Rangoon Lunatic Asylum 1878-1892 - 1878-1892
Year: 1878
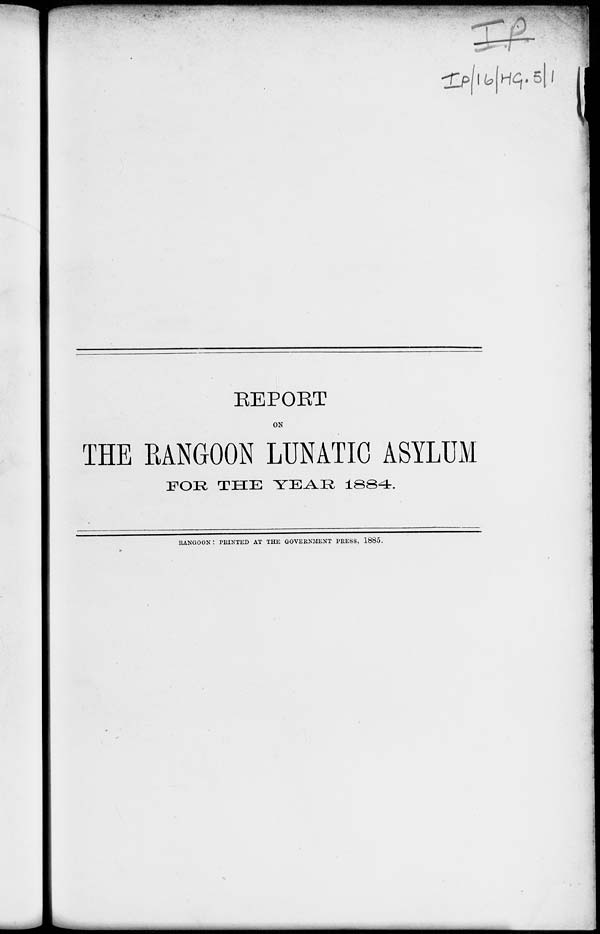
REPORT
ON
THE RANGOON LUNATIC ASYLUM
FOR THE YEAR 1884.
RANGOON: PRINTED AT THE GOVERNMENT PRESS, 1885.